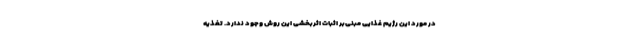
در مورد این رژیم غذایی مبنی‌بر اثبات اثربخشی این روش وجود ندارد. تغذیه